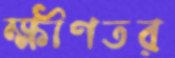
ক্ষীণতর